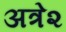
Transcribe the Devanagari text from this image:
अत्रे२